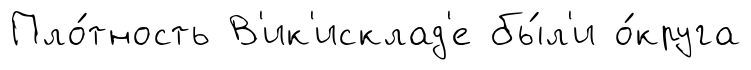
Пло́тность В'ик'исклад'е бы́л'и о́круга